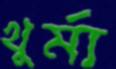
খুর্মা